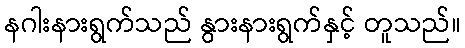
နဂါးနားရွက်သည် နွားနားရွက်နှင့် တူသည်။